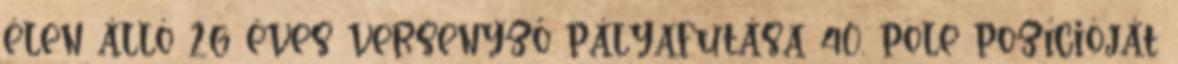
élen álló 26 éves versenyző pályafutása 40. pole pozícióját